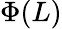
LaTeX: \Phi(L)